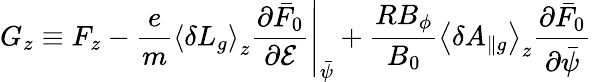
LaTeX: G_{z}\equiv F_{z}-\left.\frac{e}{m}\left\langle\delta L_{g}\right\rangle_{z}\frac{\partial\bar{F}_{0}}{\partial\mathcal{E}}\right|_{\bar{\psi}}+\frac{RB_{\phi}}{B_{0}}\left\langle\delta A_{\| g}\right\rangle_{z}\frac{\partial\bar{F}_{0}}{\partial\bar{\psi}}